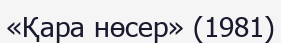
«Қара нөсер» (1981)